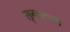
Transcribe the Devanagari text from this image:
सुन्दरवती